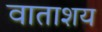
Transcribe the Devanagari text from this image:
वाताशय